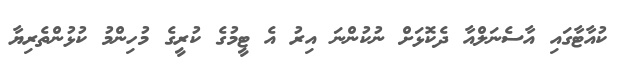
ކުއާޓާގައި އާސެނަލްއާ ދެކޮޅަށް ނުކުންނަ އިރު އެ ޓީމުގެ ކުރީގެ މުހިންމު ކުޅުންތެރިޔާ